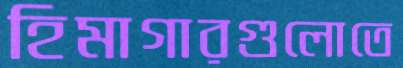
হিমাগারগুলোতে